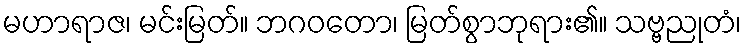
မဟာရာဇ၊ မင်းမြတ်။ ဘဂဝတော၊ မြတ်စွာဘုရား၏။ သဗ္ဗညုတံ၊